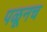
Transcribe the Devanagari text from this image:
पळूनच